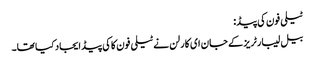
ٹیلی فون کی پیڈ:
بیل لیبارٹریز کے جان ای کارلن نے ٹیلی فون کاکی پیڈ ایجاد کیا تھا۔